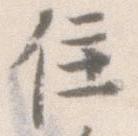
住